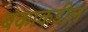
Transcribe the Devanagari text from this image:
बंकाकडील